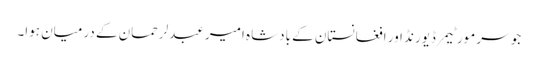
جو سر مورٹیمر ڈیورنڈ اور افغانستان کے بادشاہ امیر عبدلرحمان کے درمیان ہوا۔